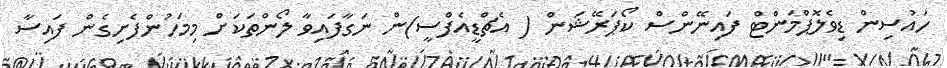
ހައުސިން ޑިވެލޮޕްމަންޓް ފައިނޭންސް ކޯޕަރޭޝަން ( އެޗްޑީއެފްސީ)ން ނަގާފައިވާ ލޯންތަކަށް މިމަހުންފެށިގެން ފައިސާ